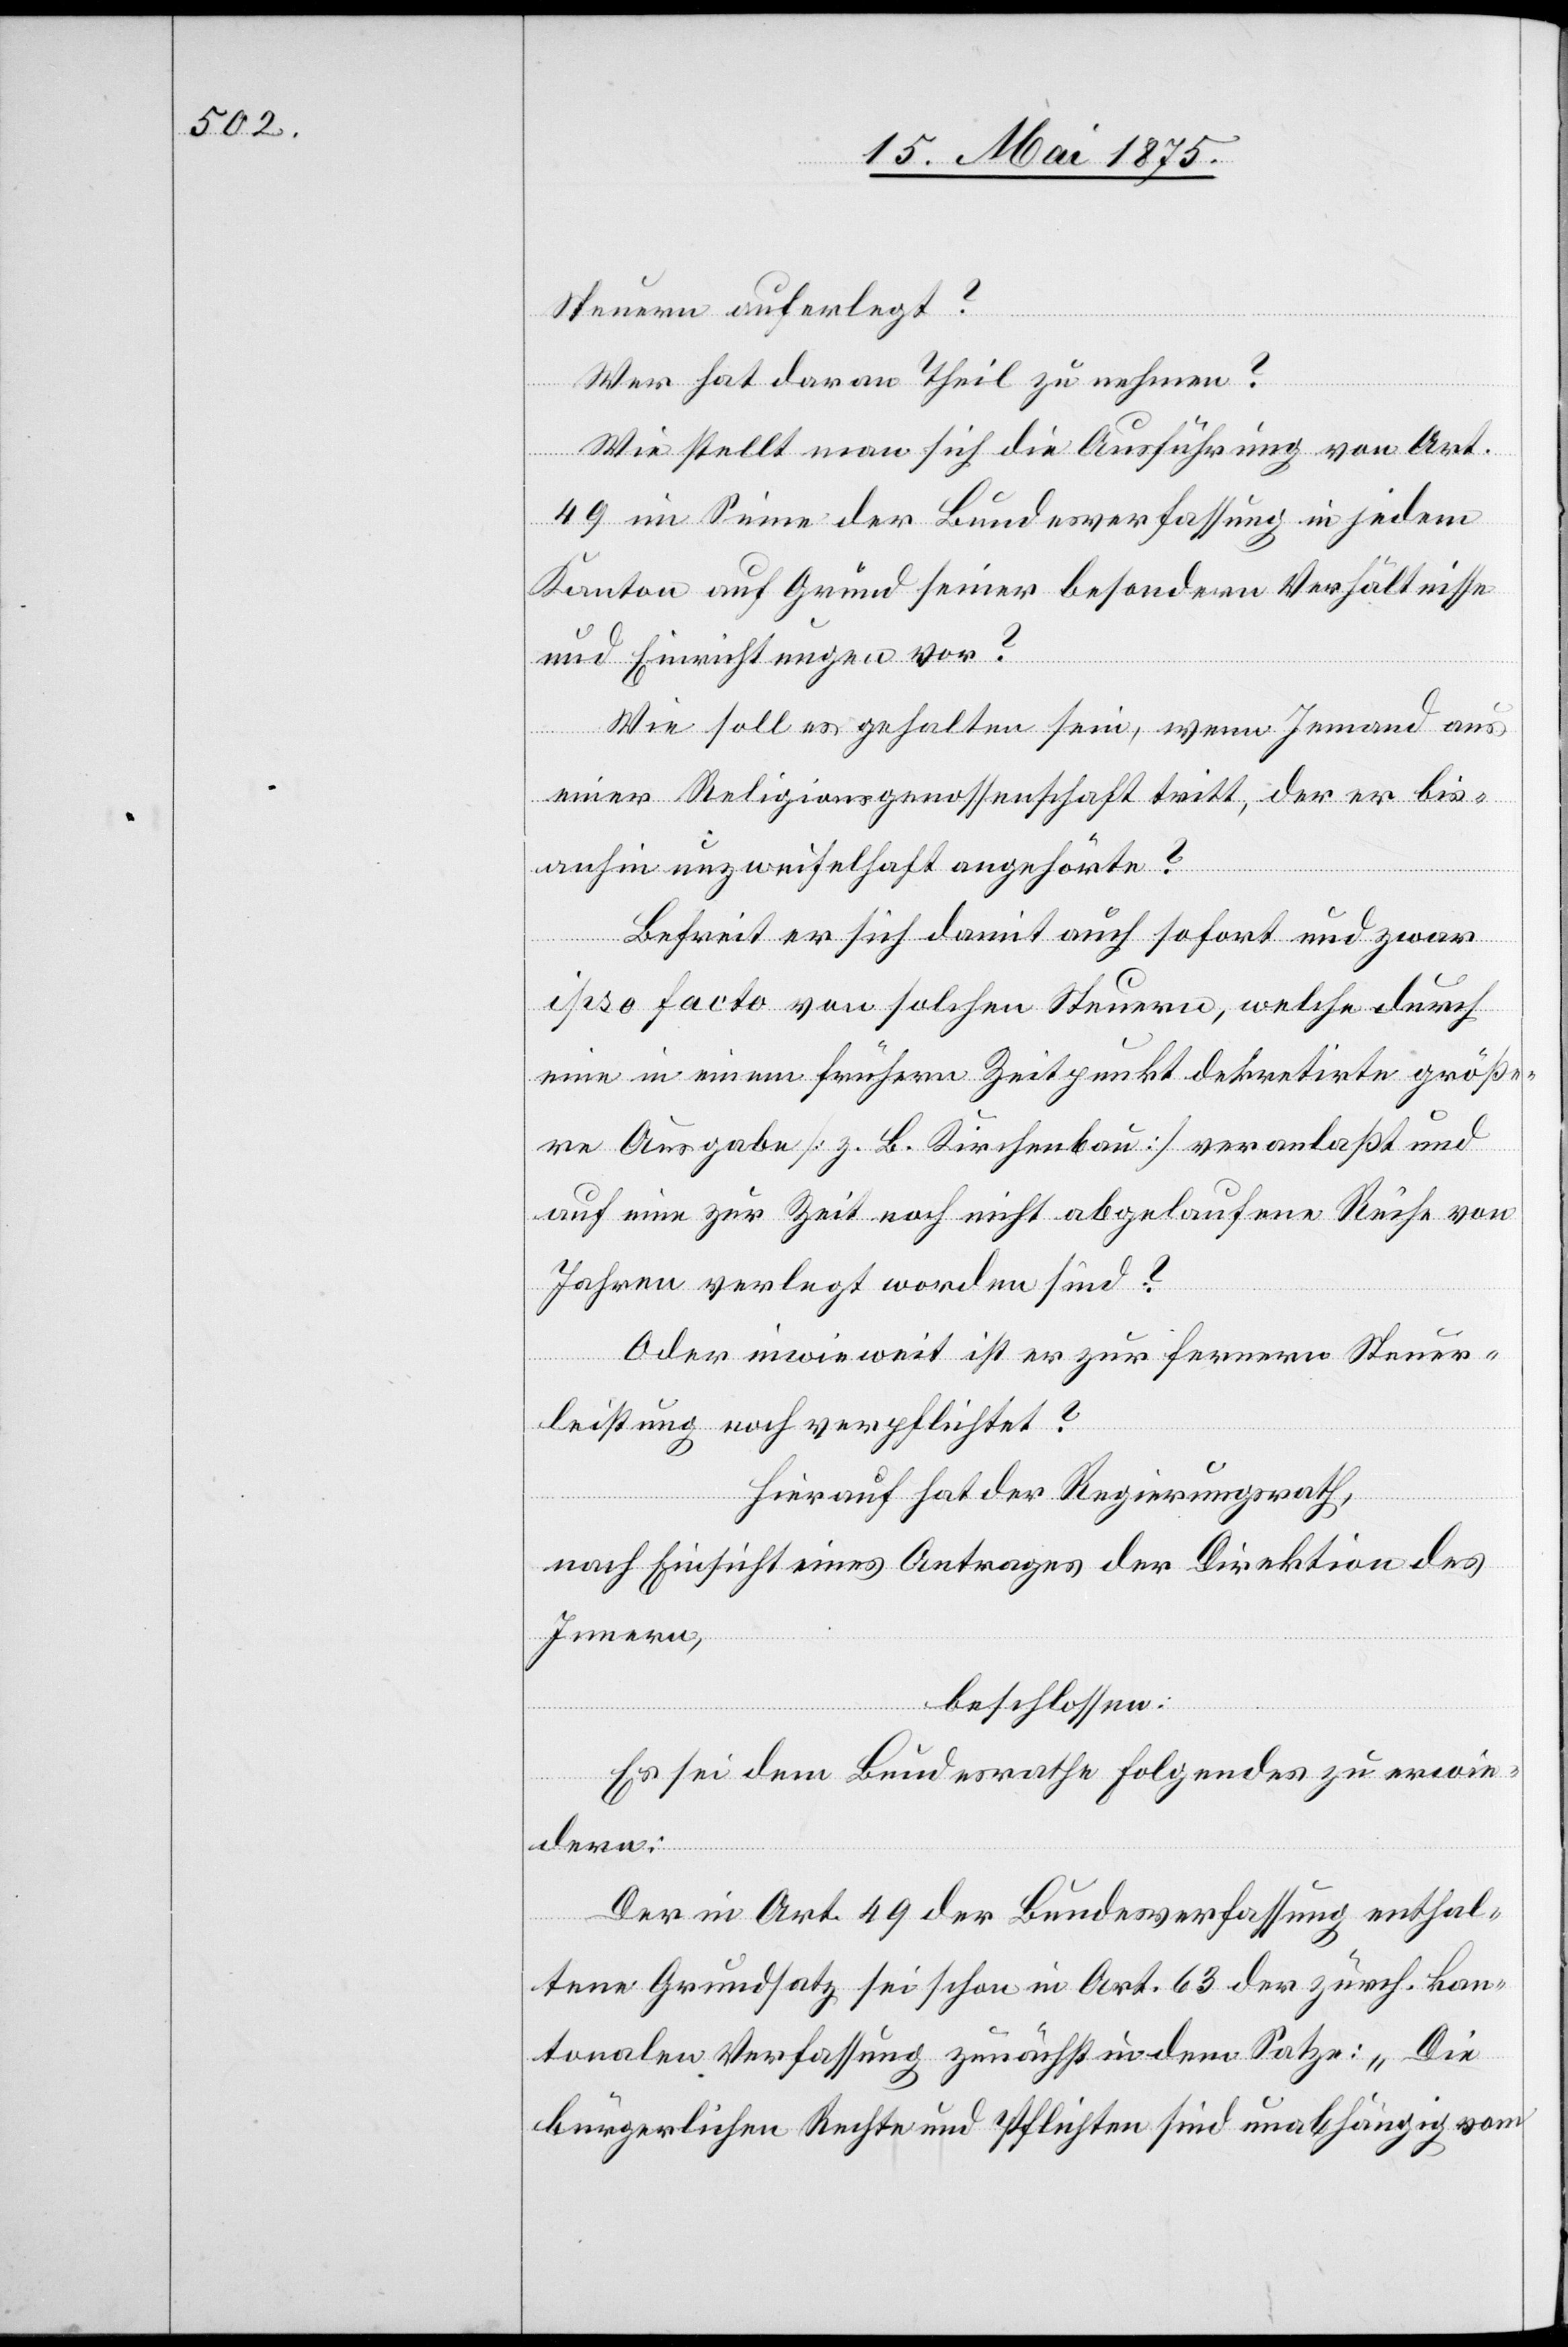
Steuern auferlegt?
Wer hat daran Theil zu nehmen?
Wie stellt man sich die Ausführung von Art.
49 im Sinne der Bundesverfassung in jedem
Kanton auf Grund seiner besonderen Verhältnisse
und Einrichtungen vor?
Wie soll es gehalten sein, wenn Jemand aus
einer Religionsgenossenschaft tritt, der er bis¬
anhin unzweifelhaft angehörte?
Befreit er sich damit auch sofort und zwar
ipso facto von solchen Steuern, welche durch
eine in einem frühern Zeitpunkt dekretirte größe¬
re Ausgabe [z. B. Kirchenbau] veranlaßt und
auf eine zur Zeit noch nicht abgelaufene Reihe von
Jahren verlegt worden sind?
Oder inwieweit ist er zur fernern Steuer¬
leistung noch verpflichtet?
Hierauf hat der Regierungsrath,
nach Einsicht eines Antrages der Direktion des
Innern,
beschlossen:
Es sei dem Bundesrathe folgendes zu erwi¬
dern:
Der in Art. 49 der Bundesverfassung enthal¬
tene Grundsatz sei schon in Art 63 der zürch. kan¬
tonalen Verfassung zunächst in dem Satze: „Die
bürgerlichen Rechte und Pflichten sind unabhängig vom